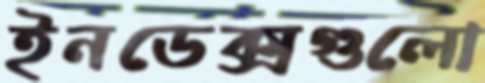
ইনডেক্সগুলো